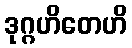
ဒုဂ္ဂဟိတေဟိ